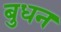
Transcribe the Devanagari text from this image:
बुधन